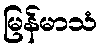
မြန်မာသံ